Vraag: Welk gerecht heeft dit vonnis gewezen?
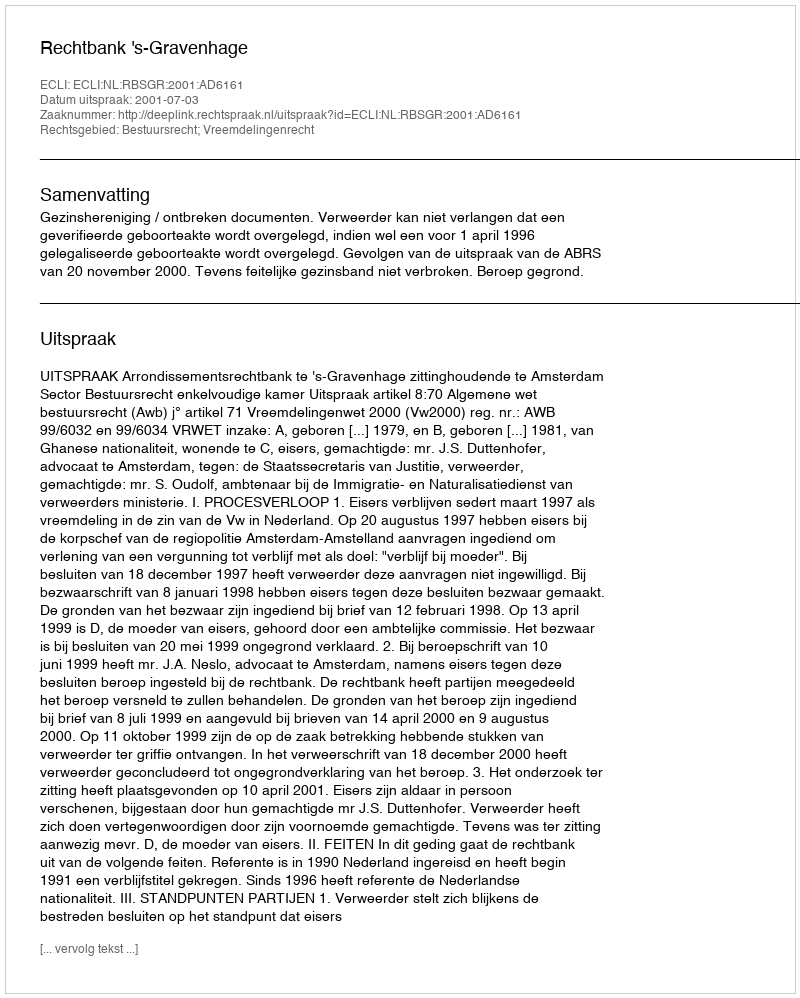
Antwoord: Rechtbank 's-Gravenhage